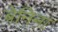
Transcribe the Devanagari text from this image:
बेनिना